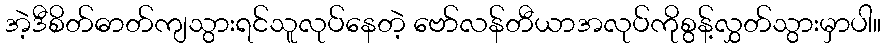
အဲ့ဒီစိတ်ဓာတ်ကျသွားရင်သူလုပ်နေတဲ့ ဗော်လန်တီယာအလုပ်ကိုစွန့်လွှတ်သွားမှာပါ။